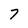
Character: 7